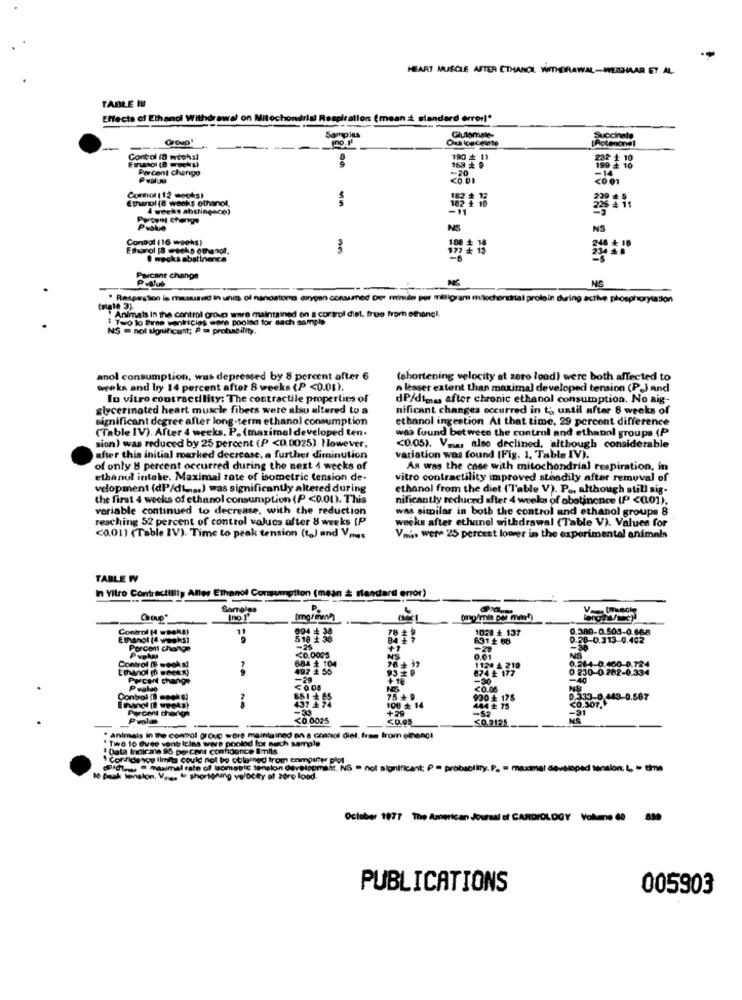
HEART MUSCLE AFTER CTHANOL WITHDRAWAL-WEISHAAR ET AL.
TABLE IV
Effects of Ethanol Withdrawal on Mitochondrial Respiration (mean ż standard error)"
Group'
Samples
Oua loscelete
---
-- .
Control (0 wtohal
ETanol (8 weeks)
180 # 11
Percent chango
163 # 6
Pulue
Comot (12 meghs)
Etwnpl (8 weeks ethanol.
4 weeks abstinence)
Percent Change
NS
Control (16 wophs)
Essarol [8 weeks ethanol.
172 # 15
@ wegks abstinence
Pacant change
Pvtlub
NS
NG
-
· Ratpestión is measured in unis of nanostora oxygen consumed Der minute per miligram milochorital proloin during active phosphorylation
"Animals In the control group wwe maintained on a control diel, free from ethanol.
1 Two lo Bree vantricies were pooled for nach sample
NS = not significant; P.m probability.
anol consumption, was depressed by 8 percent after 6
(shortening velocity at zero load) were both affected to
wwwveks and by 14 percent after 8 weeks (P <0.01).
a lesser extent than maximal developed tension (PJ and
In vitro contractility: The contractile properties of
dP/dime, after chronic ethanol consumption. No aig-
glycerinoted heart muscle fibers were alsu altered to a
nificant changes occurred in t' until after 8 weeks of
significant degree after long-term ethanol consumption
ethanol ingestion. At that time, 29 percent difference
(Table IV). After 4 weeks. P. (maximal developed ten.
was found between the control and ethanol groups (P
sion) was reduced by 25 percent (P <0.0025). However,
<0.05). Vma. also declined, sithough considerable
after this initial roerked decrease, a further diminution
variation was found (Fig. 1. Table IV).
of only 8 percent occurred during the next 4 wecks of
As was the case with mitochondrial respiration, in
ethanol intabe. Maximal rate of isometric tension de-
vitro contractility improved steadily after removal of
velopment (dP/dL ., ) was significantly altered during
ethanol from the diet ('7'able V). P ., although still sig-
the first 4 weeks of ethanol consumption (P <0.01). This
nificantly reduced after 4 weeks of abstinence (P <001),
variable continued to decrease, with the reduction
was similar in both the control and ethanol groups 8
reaching 52 percent of control values after 8 weeks (P
weeks after ethanol withdrawal (Table V). Values for
<0.011 (Table IV). Time to peak tension (ta) and Vmes
V.s. were 25 percent lower in the experimental animals
TABLE W
In Vitro Contractility Aller Ethanol Consumption (mean & standard error)
Samples
P.
no.1'
(mg/ mm]]
11
0.389-0.505-0.668
Ethanol (4 wasks)
631 £ 68
0.28 0.313 0.402
Percont change
-25
+1
Control (B week s)
<0.0005
NS
0.264-0.460-0.724
604 # 104
497 4 56
1124
0.230-0 282-0.334
-20
<0.00
<0.00
Conbol (8 weeks!
75 + 9
930 * 175
0.333-0 443-0.567
1.567
Percent cheriga
108 + 14
444 + 75
<0.0025
<0.05
* animals in the control group ware maintained an a connol diel. free from ethanct
" Two to twee vant Icins were poolod for nach sample
" Data Indicate 95 percent confidence Imlis.
"Corrida you limita could not be obtained from computer plot
Pc- @ maximal rate of tomatic tension development. NS = not significant; P = probability. P. = maximal developed tension. L, - time
10 Baak tension. V .... " shortgning velocey af zdro lood.
October 1977 The American Journal of CARDIOLOGY Volume 60
PUBLICATIONS
005903